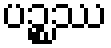
ပဉ္စဿ